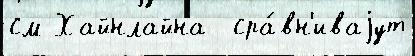
см Хайнлайна  сра́вн'иваjут